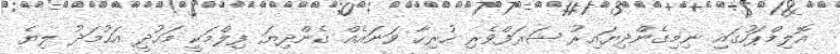
އޮލިމްޕަހުގައި ނިމިގެންދިޔައިރު ޝަރަފްވެރި ހުރިހާ ވަނައެއް ގެންދިޔަ ފިލްމަކީ މަހުދީ އަހުމަދު ލިޔެ